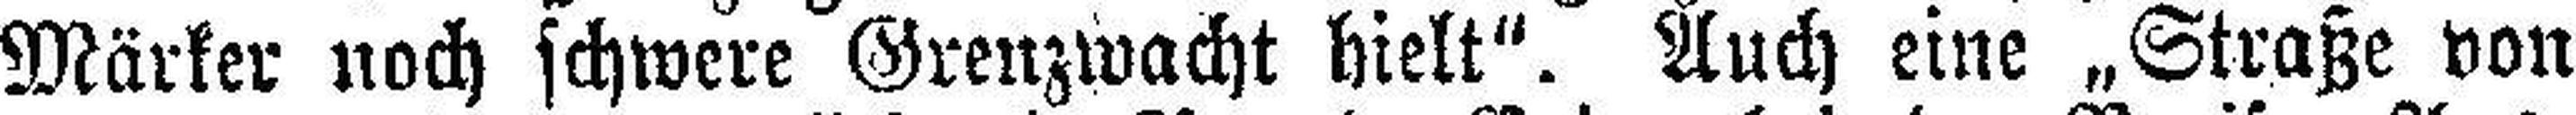
Märker noch schwere Grenzwacht hielt". Auch eine „Straße von